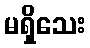
မရှိသေး